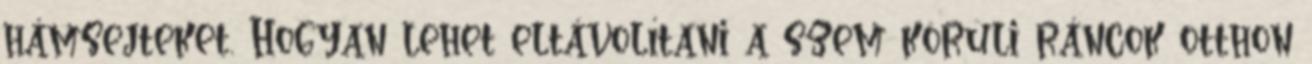
hámsejteket. Hogyan lehet eltávolítani a szem körüli ráncok otthon